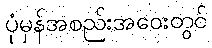
ပုံမှန်အစည်းအဝေးတွင်